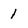
Character: 1